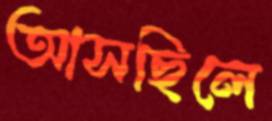
আসছিলে